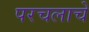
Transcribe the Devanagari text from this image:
परचलाचे